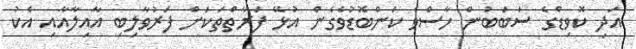
އަދި ކޮވިޑްގެ ސަބަބުން ހާސްވެ ކަންބޮޑުވެގެން އުޅޭ ފަރާތްތަކަށް ފަރުވާލިބި އާއިލާއާއި އެކު